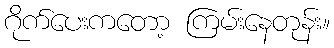
ဂိုက်ပေးကတော့ ကြမ်းနေတုန်း။